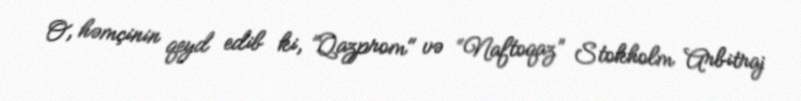
O, həmçinin qeyd edib ki, ”Qazprom" və “Naftoqaz” Stokholm Arbitraj